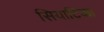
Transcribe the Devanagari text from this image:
सियाटिका